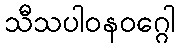
သီသပါဝနဝဂ္ဂေါ